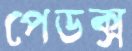
পেডক্স